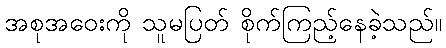
အစုအဝေးကို သူမပြတ် စိုက်ကြည့်နေခဲ့သည်။